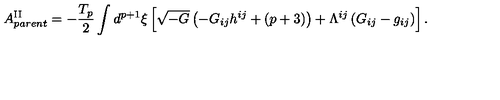
A _ { p a r e n t } ^ { \mathrm { I I } } = - \frac { T _ { p } } { 2 } \int d ^ { p + 1 } { \xi } \left[ \sqrt { - G } \left( - G _ { i j } h ^ { i j } + ( p + 3 ) \right) + { \Lambda } ^ { i j } \left( G _ { i j } - g _ { i j } \right) \right] .